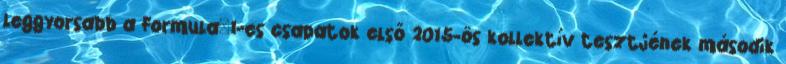
leggyorsabb a Formula–1-es csapatok első 2015-ös kollektív tesztjének második